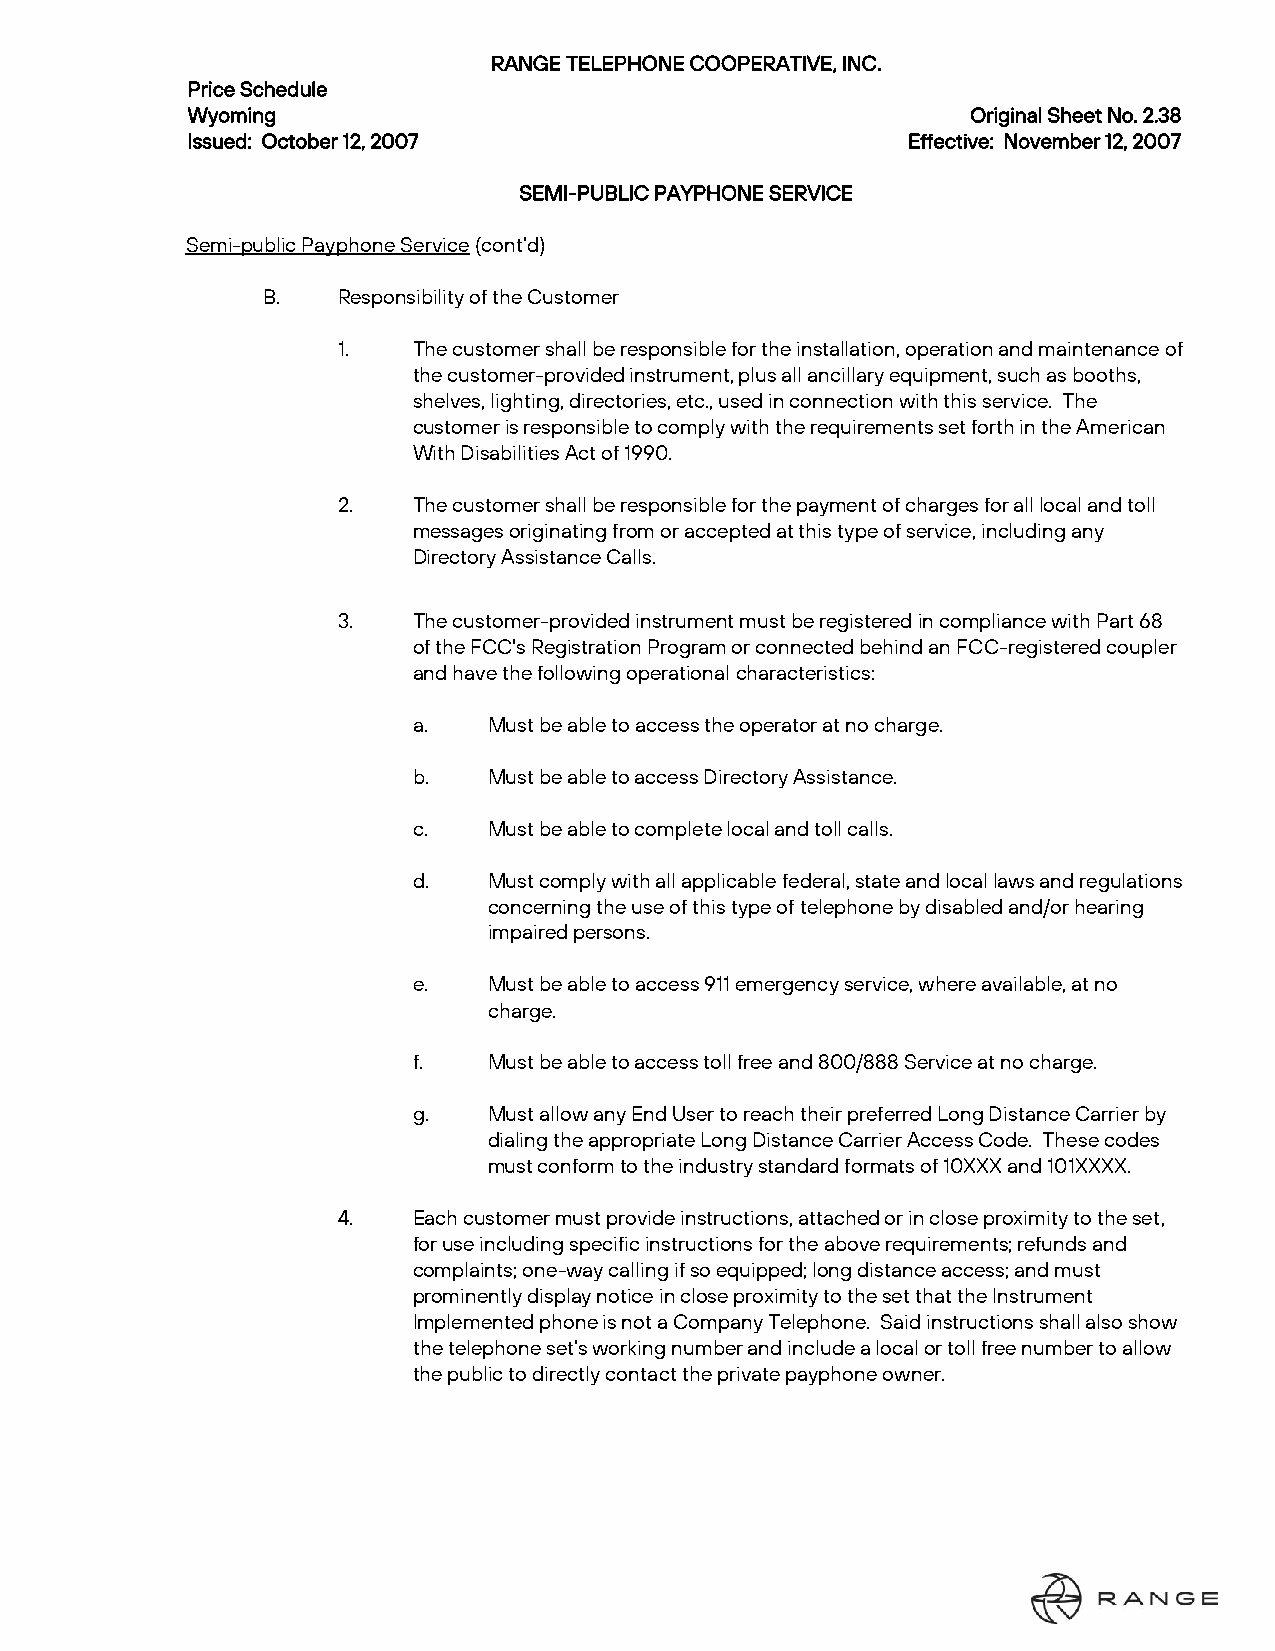
RANGE TELEPHONE COOPERATIVE, INC.
 Price Schedule
 Wyoming                                             Original Sheet No. 2.38
 Issued: October 12, 2007                        Effective: November 12, 2007
 SEMI-PUBLIC PAYPHONE SERVICE
 Semi-public Payphone Service (cont’d)
 B.   Responsibility of the Customer
 1.   The customer shall be responsible for the installation, operation and maintenance of
 the customer-provided instrument, plus all ancillary equipment, such as booths,
 shelves, lighting, directories, etc., used in connection with this service. The
 customer is responsible to comply with the requirements set forth in the American
 With Disabilities Act of 1990.
 2.   The customer shall be responsible for the payment of charges for all local and toll
 messages originating from or accepted at this type of service, including any
 Directory Assistance Calls.
 3.   The customer-provided instrument must be registered in compliance with Part 68
 of the FCC's Registration Program or connected behind an FCC-registered coupler
 and have the following operational characteristics:
 a.   Must be able to access the operator at no charge.
 b.   Must be able to access Directory Assistance.
 c.   Must be able to complete local and toll calls.
 d.   Must comply with all applicable federal, state and local laws and regulations
 concerning the use of this type of telephone by disabled and/or hearing
 impaired persons.
 e.   Must be able to access 911 emergency service, where available, at no
 charge.
 f.   Must be able to access toll free and 800/888 Service at no charge.
 g.   Must allow any End User to reach their preferred Long Distance Carrier by
 dialing the appropriate Long Distance Carrier Access Code. These codes
 must conform to the industry standard formats of 10XXX and 101XXXX.
 4.   Each customer must provide instructions, attached or in close proximity to the set,
 for use including specific instructions for the above requirements; refunds and
 complaints; one-way calling if so equipped; long distance access; and must
 prominently display notice in close proximity to the set that the Instrument
 Implemented phone is not a Company Telephone. Said instructions shall also show
 the telephone set’s working number and include a local or toll free number to allow
 the public to directly contact the private payphone owner.